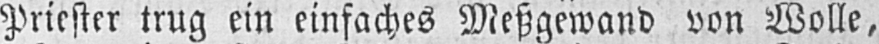
Priester trug ein einfaches Meßgewand von Wolle,